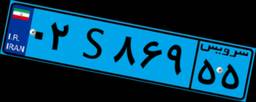
۱۲S۴۰۵۱۵